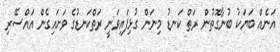
އަނެއް ބަޔަކު ބުނާގޮތުން ރަތް ކަނޑު މިނަން ގުޅިފައިވަނީ ރަތްކަނޑުގެ ވަށައިގެން އައްސޭރި